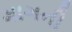
માગની